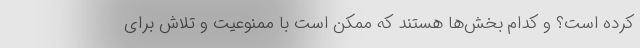
کرده است؟ و کدام بخش‌ها هستند که ممکن است با ممنوعیت و تلاش برای